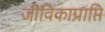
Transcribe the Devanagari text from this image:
जीविकाप्राप्ति